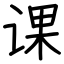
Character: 课